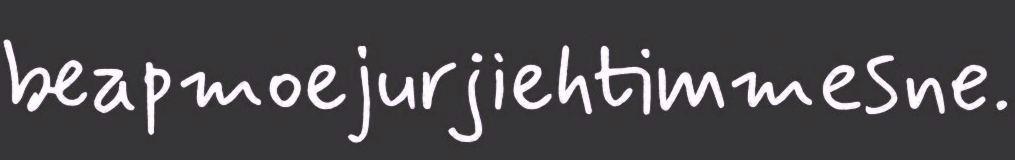
beapmoejurjiehtimmesne.